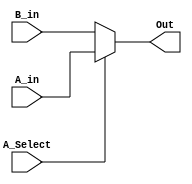
/****************************************************************************************
 MODULE:		Sub Level Multiplexer Block

 FILE NAME:	mux12.v
 VERSION:	1.0
 DATE:		September 28th, 2001
 AUTHOR:		Hossein Amidi
 COMPANY:	California Unique Electrical Co.
 CODE TYPE:	Register Transfer Level

 Instantiations:
 
 DESCRIPTION:
 Sub Level RTL Multiplexer block

 Hossein Amidi
 (C) September 2001
 California Unique Electric

***************************************************************************************/
 
`timescale 1ns / 1ps

module MUX12 (	// Input
					A_in,
					B_in,
					A_Select,
					// Output
					Out
					);


// Parameter
parameter AddrWidth = 24;


// Input
input [AddrWidth - 1 : 0] A_in;
input [AddrWidth - 1 : 0] B_in;
input A_Select;

// Output
output [AddrWidth - 1 : 0] Out;


//Dataflow description of MUX12
assign Out = A_Select ? A_in : B_in;

endmodule